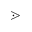
\gtrdot